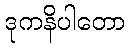
ဒုကနိပါတော